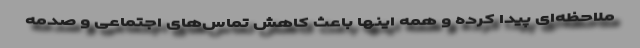
ملاحظه‌ای پیدا کرده و همه اینها باعث کاهش تماس‌های اجتماعی و صدمه